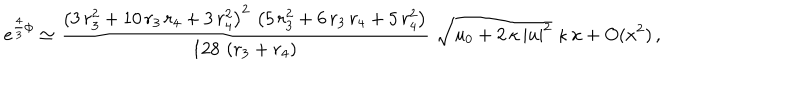
e ^ { \frac 4 3 \phi } \simeq \frac { \left( 3 \, r _ { 3 } ^ { 2 } + 1 0 \, r _ { 3 } \, r _ { 4 } + 3 \, r _ { 4 } ^ { 2 } \right) ^ { 2 } \, \left( 5 \, r _ { 3 } ^ { 2 } + 6 \, r _ { 3 } \, r _ { 4 } + 5 \, r _ { 4 } ^ { 2 } \right) } { 1 2 8 \, \left( r _ { 3 } + r _ { 4 } \right) } \, \, \sqrt { u _ { 0 } + 2 \, \kappa \, | u | ^ { 2 } } \; \kappa \, x + O ( x ^ { 2 } ) \, ,